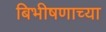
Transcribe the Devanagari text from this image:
बिभीषणाच्या